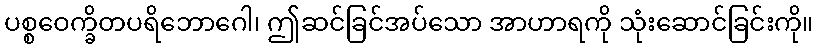
ပစ္စဝေက္ခိတပရိဘောဂေါ၊ ဤဆင်ခြင်အပ်သော အာဟာရကို သုံးဆောင်ခြင်းကို။